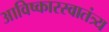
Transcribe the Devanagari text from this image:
आविष्कारस्वातंत्र्य